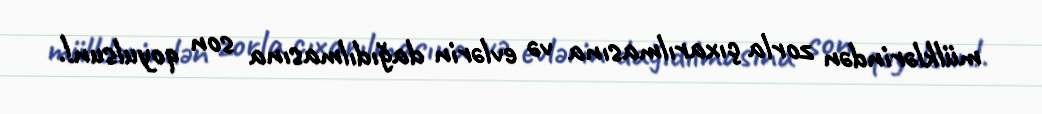
mülklərindən zorla çıxarılmasına və evlərin dağıdılmasına son qoyulsun!.